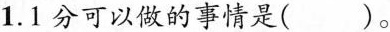
1.1分可以做的事情是()。